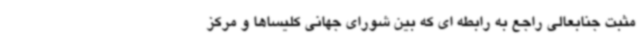
مثبت جنابعالی راجع به رابطه ای که بین شورای جهانی کلیساها و مرکز